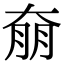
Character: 奟